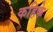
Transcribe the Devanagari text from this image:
कहिके